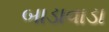
બાડાવાડા